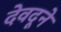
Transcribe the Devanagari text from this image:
देवदूने